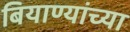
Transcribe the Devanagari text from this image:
बियाण्यांच्या